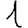
Digit: 1